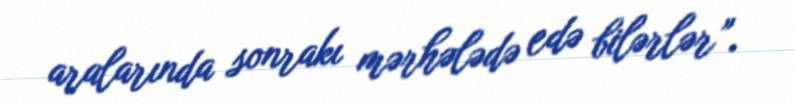
aralarında sonrakı mərhələdə edə bilərlər”.